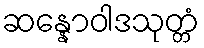
ဆန္နောဝါဒသုတ္တံ